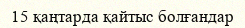
15 қаңтарда қайтыс болғандар